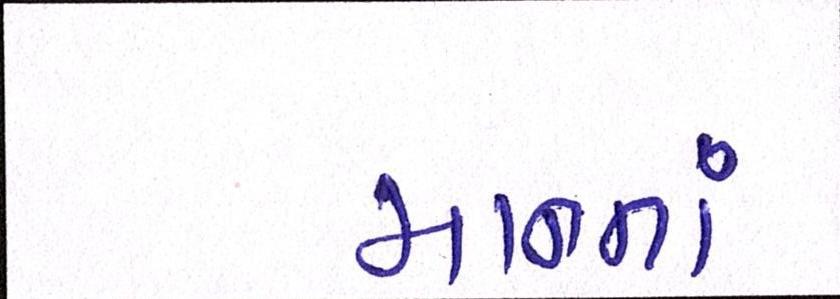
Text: માનતાં